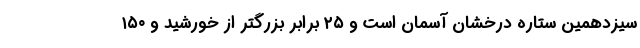
سیزدهمین ستاره درخشان آسمان است و ۲۵ برابر بزرگتر از خورشید و ۱۵۰